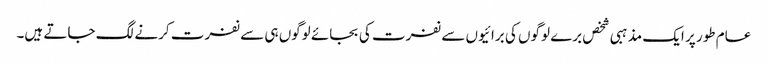
عام طور پر ایک مذہبی شخص برے لوگوں کی برائیوں سے نفرت کی بجائے لوگوں ہی سے نفرت کرنے لگ جاتے ہیں۔